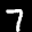
Label: 7